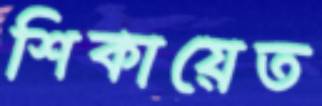
শিকায়েত